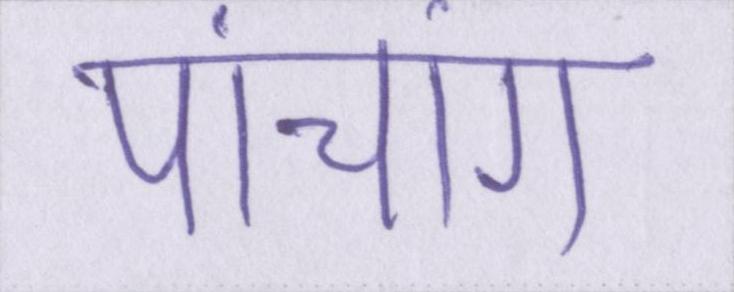
पांचांग